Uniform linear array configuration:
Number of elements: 4
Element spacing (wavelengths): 0.5
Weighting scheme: blackman
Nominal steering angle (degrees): -60
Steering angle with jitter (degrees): -61.745
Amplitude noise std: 0.05
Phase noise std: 0.05

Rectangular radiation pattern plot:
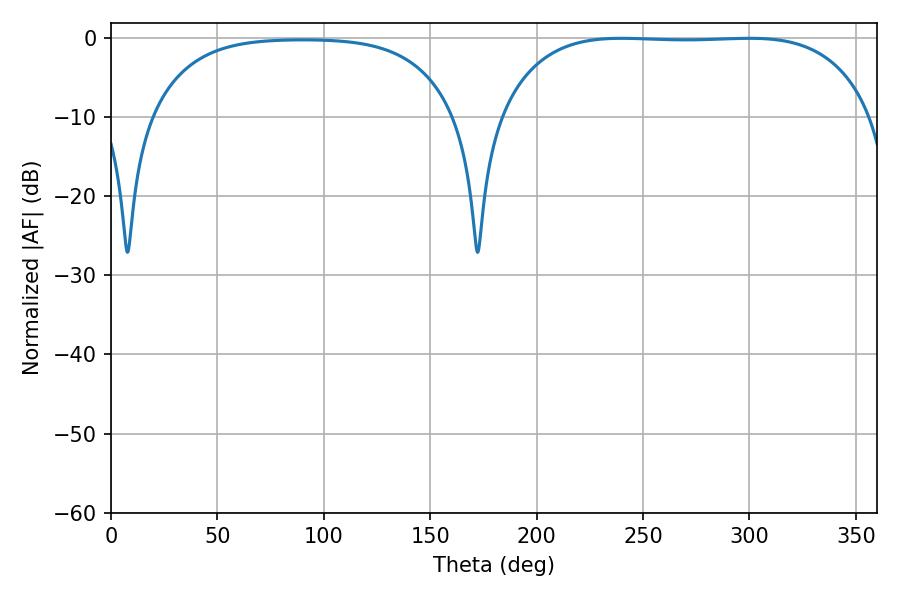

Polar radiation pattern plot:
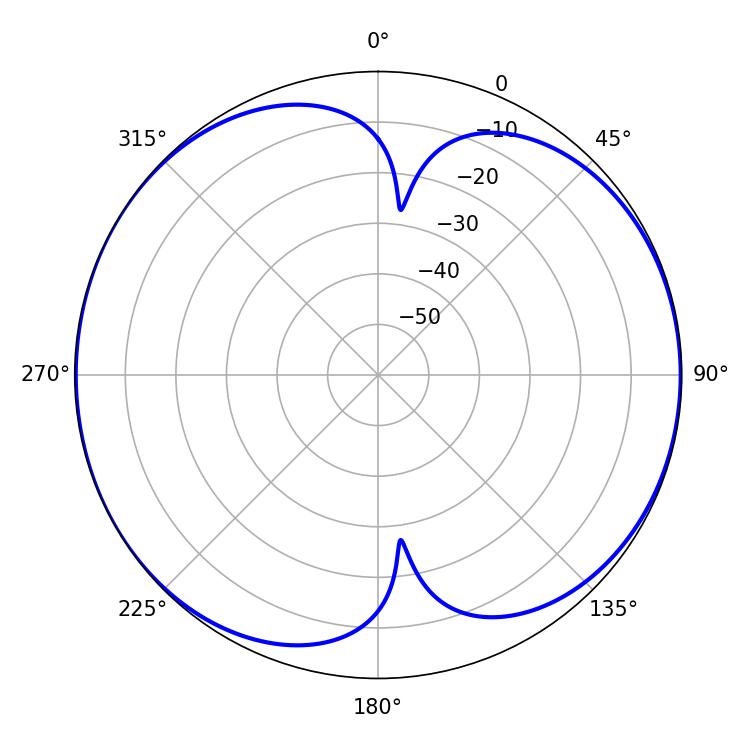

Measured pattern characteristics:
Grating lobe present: FALSE
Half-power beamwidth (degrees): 137.16
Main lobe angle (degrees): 239.94